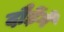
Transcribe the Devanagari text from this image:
दौड़ेंगे